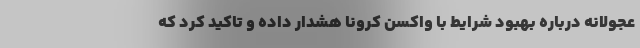
عجولانه درباره بهبود شرایط با واکسن کرونا هشدار داده و تاکید کرد که